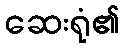
ဆေးရုံ၏